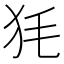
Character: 𤝄